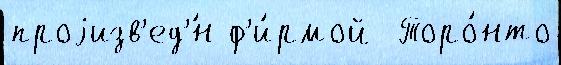
проjизв'ед'́н ф'и́рмой  Торо́нто